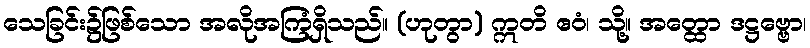
သေခြင်း၌ဖြစ်သော အလိုအကြံရှိသည်။ (ဟုတွာ) ဣတိ ဧဝံ၊ သို့။ အတ္ထော ဒဋ္ဌဗ္ဗော၊